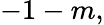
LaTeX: -1-m,